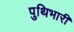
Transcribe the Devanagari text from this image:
पुथिभारी